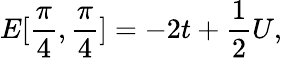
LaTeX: E[\frac{\pi}{4},\frac{\pi}{4}]=-2t+\frac{1}{2}U,